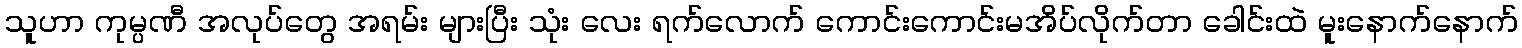
သူဟာ ကုမ္ပဏီ အလုပ်တွေ အရမ်း များပြီး သုံး လေး ရက်လောက် ကောင်းကောင်းမအိပ်လိုက်တာ ခေါင်းထဲ မူးနောက်နောက်